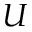
U